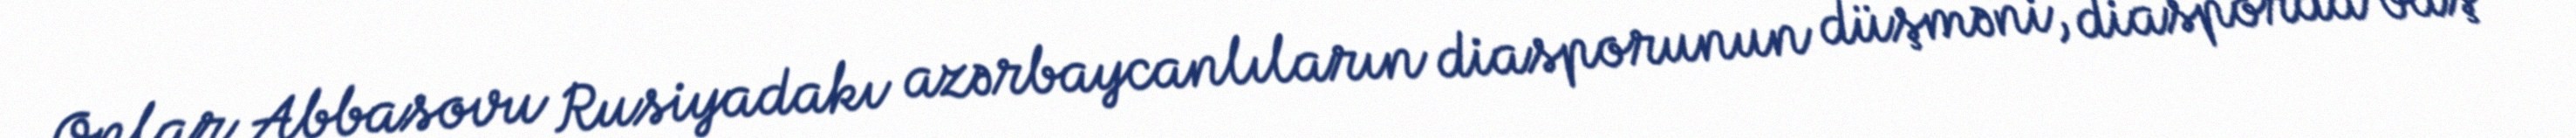
Onlar Abbasovu Rusiyadakı azərbaycanlıların diasporunun düşməni, diasporda baş